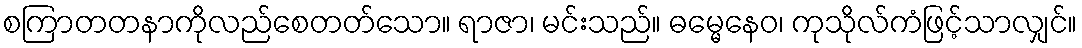
စကြာတတနာကိုလည်စေတတ်သော။ ရာဇာ၊ မင်းသည်။ ဓမ္မေနေဝ၊ ကုသိုလ်ကံဖြင့်သာလျှင်။